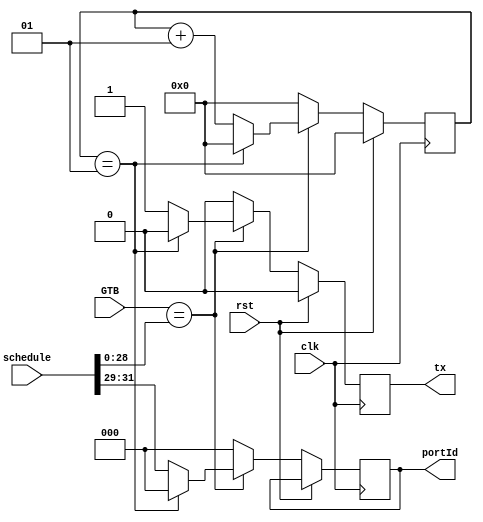
/*
  Author : Rakotojaona Nambinina
  email: Andrianoelisoa.Rakotojaona@gmail.com
  Description : Comparator , compare the value of GTB and the schedule , when both of them are equal , tx goes high
*/
`timescale 1ns / 1ps
//////////////////////////////////////////////////////////////////////////////////
// Company: 
// Engineer: 
// 
// Design Name: 
// Module Name: timeTriggered
// Project Name: 
// Target Devices: 
// Tool Versions: 
// Description: 
// 
// Dependencies: 
// 
// Revision:
// Revision 0.01 - File Created
// Additional Comments:
// 
//////////////////////////////////////////////////////////////////////////////////
module timeTriggered(
                     clk,
                     rst,
                     GTB,
                     schedule,
                     tx,
                     portId
                     );

  input clk;
  input rst;
  input [31:0] GTB;
  input [31:0] schedule;
  output reg tx; 
  output reg [2:0] portId;
  
  integer counter;
  
  always @ (posedge clk)
    begin
      if (rst)
        begin 
          tx <= 0; 
          counter <=0;         
        end 
      else 
        begin
          if (GTB == schedule [28:0])
            begin
              counter  <= counter + 1;
              tx <= 1;
              portId <= schedule [31:29];
              if (counter == 1)
                begin
                  tx <= 0;
                  counter <= 0;
                  portId <= 0;
                end 
            end
          else
            begin
              tx <= 0;
              counter <= 0;
              portId <= 0;
            end           
        end 
    end 
  
endmodule

/*

module tbTT(

    );
    
  reg clk;
  reg rst;
  reg [31:0] GTB;
  reg [31:0] schedule;
  wire  tx; 
  wire [2:0] portId;
  
    
    timeTriggered DUT(
                     clk,
                     rst,
                     GTB,
                     schedule,
                     tx,
                     portId
                     );

  initial
    begin
      clk =0;
      rst = 1;
      GTB = 32'd5;
      schedule = 32'd6;
      #10 
      rst = 0;
      #100 
      schedule = {3'd5,29'd5};
      #10 
      schedule =32'd8;
      #100 
      schedule = {3'd2,29'd5};
      #10 
      schedule = 32'd6; 
     
    end 
    
  always 
    begin
      #5 clk = ! clk;
    end 

endmodule

*/